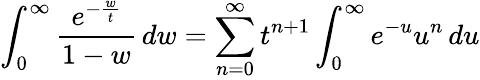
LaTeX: \int_{0}^{\infty}{\frac{e^{-{\frac{w}{t}}}}{1-w}}\, dw=\sum_{n=0}^{\infty}t^{n+1}\int_{0}^{\infty}e^{-u}u^{n}\, du